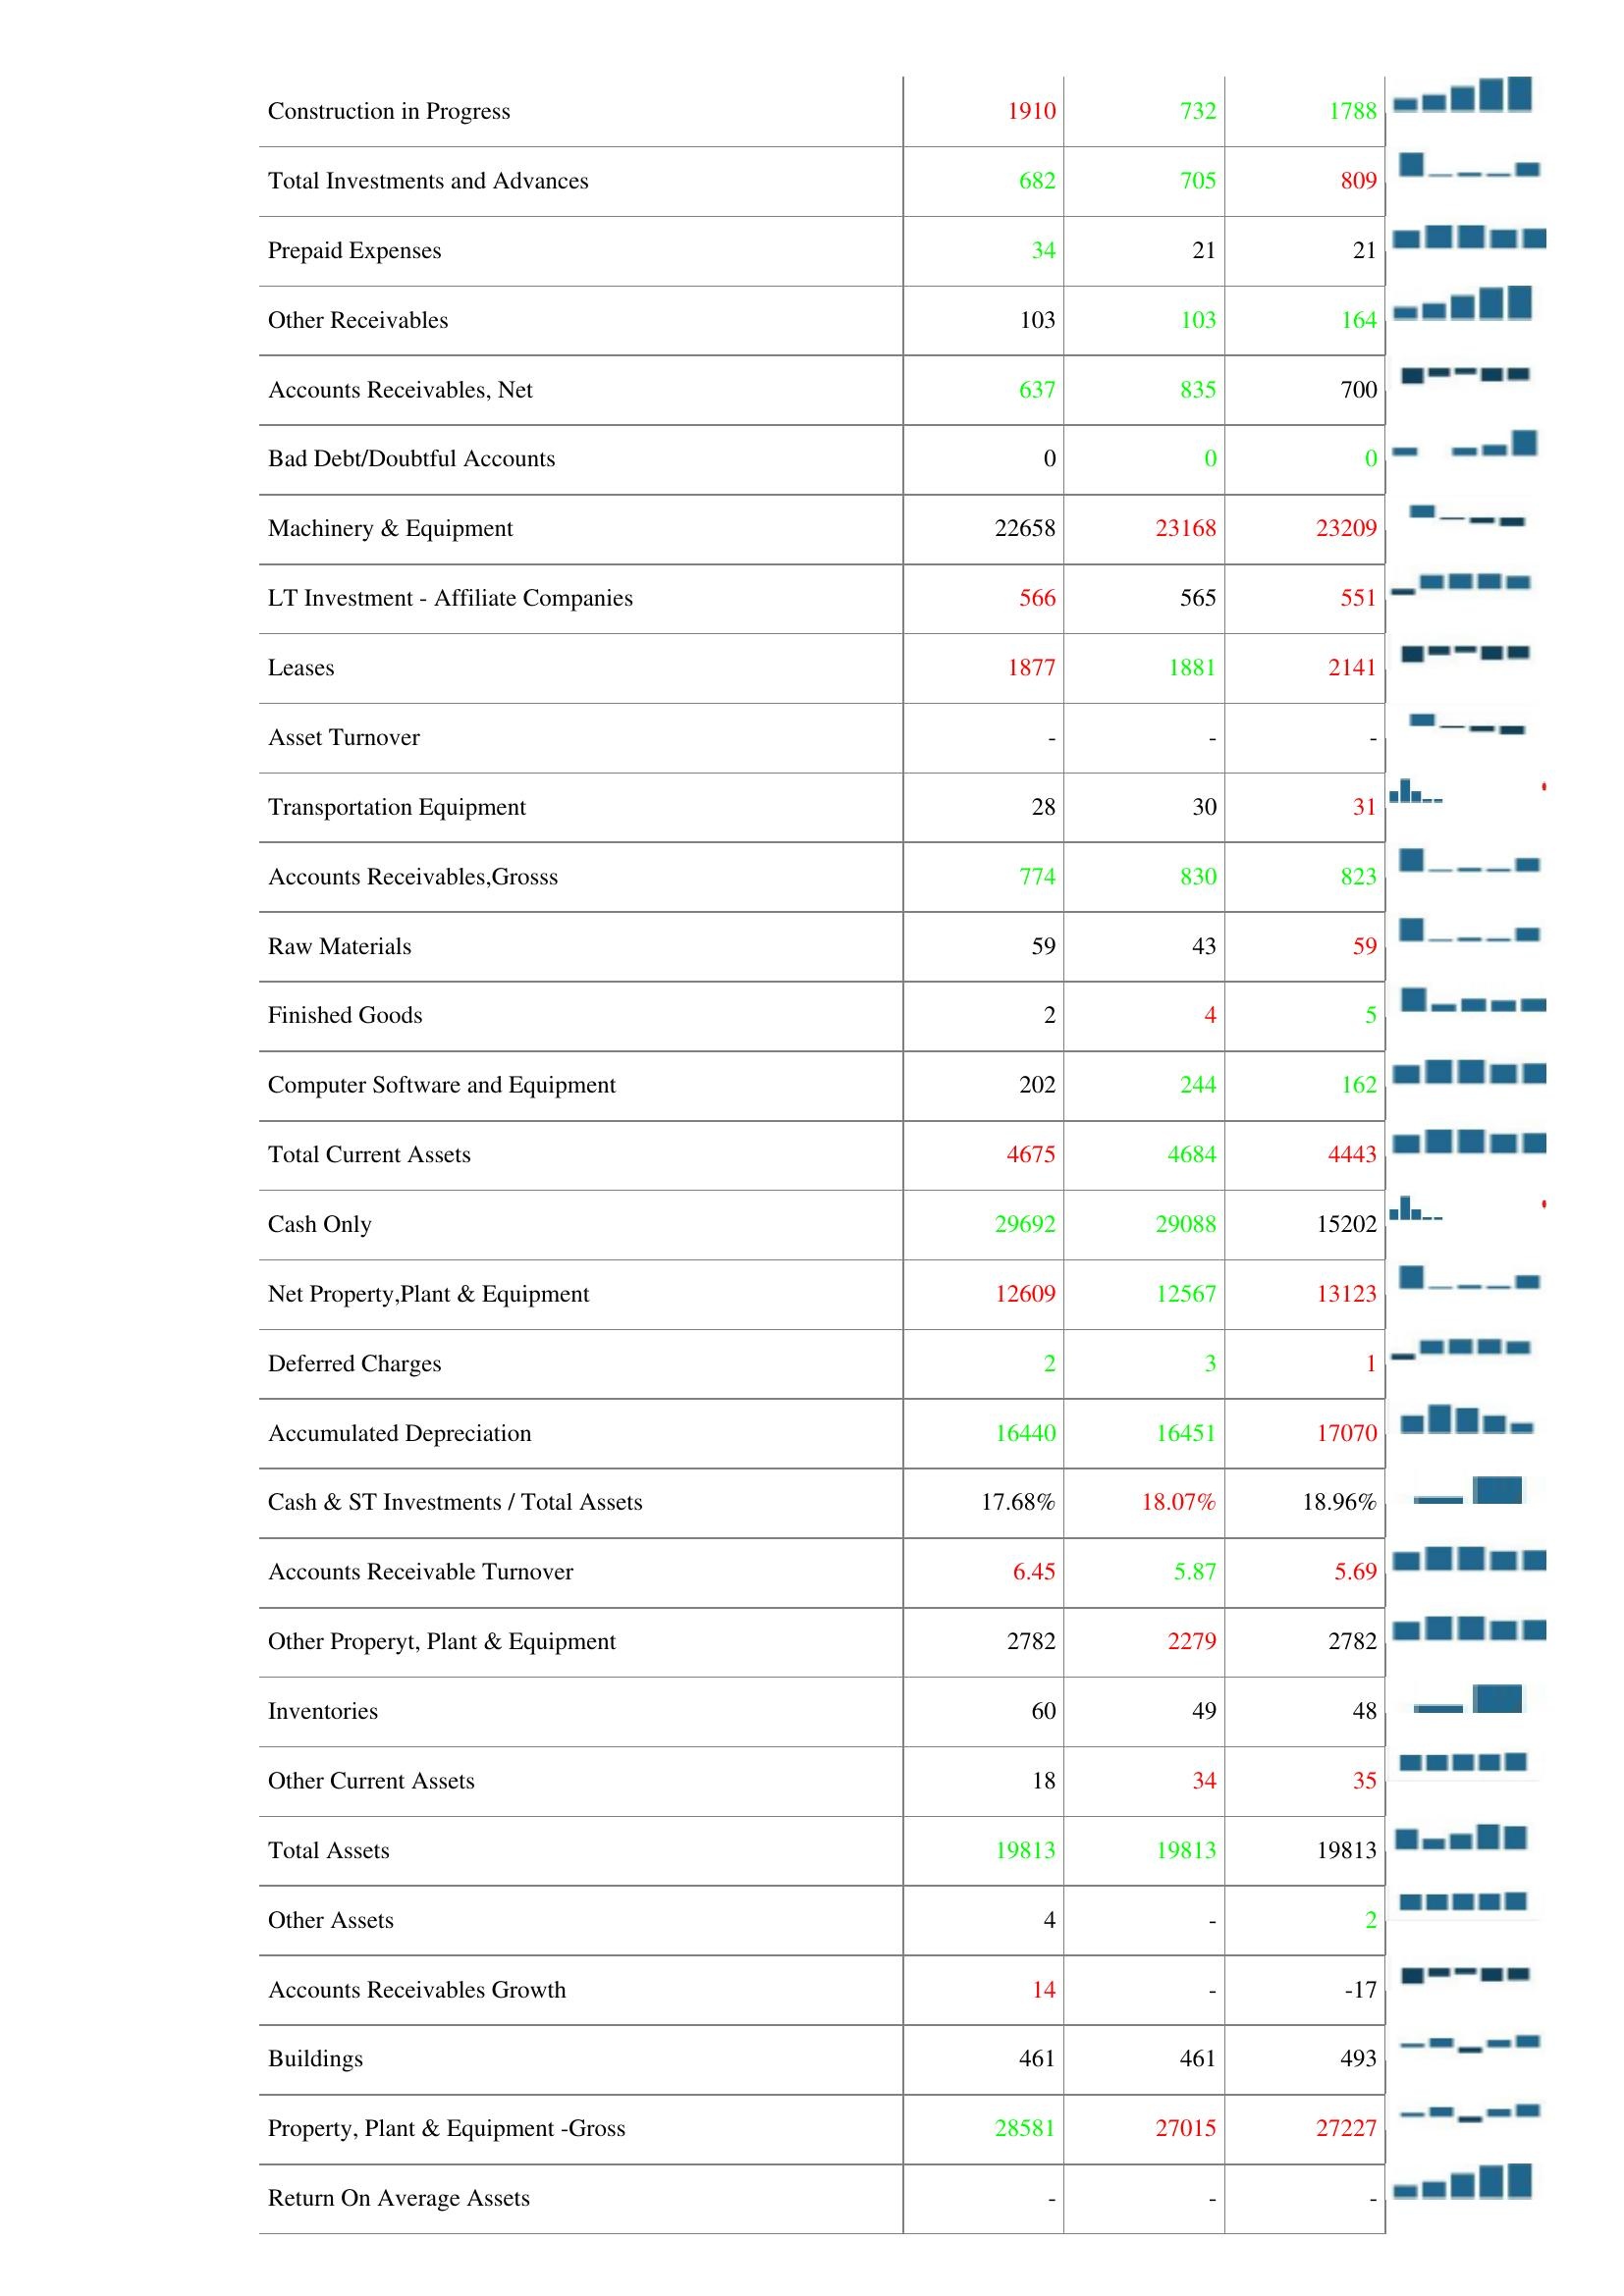
2022: Assets: Total Accounts Receivable: 830
Cash & Short Term Investments: 3266
Cash & Short Term Investments Growth: -19
Long- Term Note Receivable: 233
Assets - Total-Growth: -
Land & Improvements: 115
Construction in Progress: 1910
Total Investments and Advances: 682
Prepaid Expenses: 34
Other Receivables: 103
Accounts Receivables, Net: 637
Bad Debt/Doubtful Accounts: 0
Machinery & Equipment: 22658
LT Investment - Affiliate Companies: 566
Leases: 1877
Asset Turnover: -
Transportation Equipment: 28
Accounts Receivables,Grosss: 774
Raw Materials: 59
Finished Goods: 2
Computer Software and Equipment: 202
Total Current Assets: 4675
Cash Only: 29692
Net Property,Plant & Equipment: 12609
Deferred Charges: 2
Accumulated Depreciation: 16440
Cash & ST Investments / Total Assets: 17.68%
Accounts Receivable Turnover: 6.45
Other Properyt, Plant & Equipment: 2782
Inventories: 60
Other Current Assets: 18
Total Assets: 19813
Other Assets: 4
Accounts Receivables Growth: 14
Buildings: 461
Property, Plant & Equipment -Gross: 28581
Return On Average Assets: -
2023: Assets: Total Accounts Receivable: 830
Cash & Short Term Investments: 3767
Cash & Short Term Investments Growth: -
Long- Term Note Receivable: 224
Assets - Total-Growth: 2
Land & Improvements: 114
Construction in Progress: 732
Total Investments and Advances: 705
Prepaid Expenses: 21
Other Receivables: 103
Accounts Receivables, Net: 835
Bad Debt/Doubtful Accounts: 0
Machinery & Equipment: 23168
LT Investment - Affiliate Companies: 565
Leases: 1881
Asset Turnover: -
Transportation Equipment: 30
Accounts Receivables,Grosss: 830
Raw Materials: 43
Finished Goods: 4
Computer Software and Equipment: 244
Total Current Assets: 4684
Cash Only: 29088
Net Property,Plant & Equipment: 12567
Deferred Charges: 3
Accumulated Depreciation: 16451
Cash & ST Investments / Total Assets: 18.07%
Accounts Receivable Turnover: 5.87
Other Properyt, Plant & Equipment: 2279
Inventories: 49
Other Current Assets: 34
Total Assets: 19813
Other Assets: -
Accounts Receivables Growth: -
Buildings: 461
Property, Plant & Equipment -Gross: 27015
Return On Average Assets: -
2024: Assets: Total Accounts Receivable: 802
Cash & Short Term Investments: 3266
Cash & Short Term Investments Growth: 1
Long- Term Note Receivable: 242
Assets - Total-Growth: -
Land & Improvements: 114
Construction in Progress: 1788
Total Investments and Advances: 809
Prepaid Expenses: 21
Other Receivables: 164
Accounts Receivables, Net: 700
Bad Debt/Doubtful Accounts: 0
Machinery & Equipment: 23209
LT Investment - Affiliate Companies: 551
Leases: 2141
Asset Turnover: -
Transportation Equipment: 31
Accounts Receivables,Grosss: 823
Raw Materials: 59
Finished Goods: 5
Computer Software and Equipment: 162
Total Current Assets: 4443
Cash Only: 15202
Net Property,Plant & Equipment: 13123
Deferred Charges: 1
Accumulated Depreciation: 17070
Cash & ST Investments / Total Assets: 18.96%
Accounts Receivable Turnover: 5.69
Other Properyt, Plant & Equipment: 2782
Inventories: 48
Other Current Assets: 35
Total Assets: 19813
Other Assets: 2
Accounts Receivables Growth: -17
Buildings: 493
Property, Plant & Equipment -Gross: 27227
Return On Average Assets: -